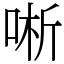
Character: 唽